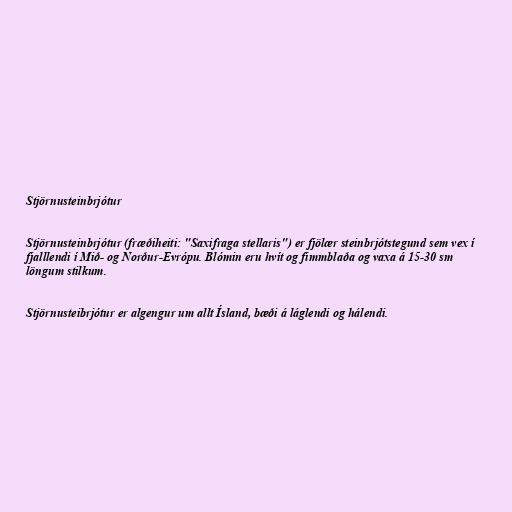
Stjörnusteinbrjótur

Stjörnusteinbrjótur (fræðiheiti: "Saxifraga stellaris") er fjölær steinbrjótstegund sem vex í
fjalllendi í Mið- og Norður-Evrópu. Blómin eru hvít og fimmblaða og vaxa á 15-30 sm
löngum stilkum.

Stjörnusteibrjótur er algengur um allt Ísland, bæði á láglendi og hálendi.